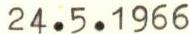
24.5.1966